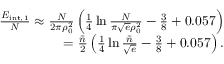
\begin{array} { r } { \frac { E _ { \mathrm { { i n t } , 1 } } } N \approx \frac { N } { 2 \pi \rho _ { 0 } ^ { 2 } } \left( \frac 1 4 \ln \frac N { \pi \sqrt { e } \rho _ { 0 } ^ { 2 } } - \frac 3 8 + 0 . 0 5 7 \right) } \\ { = \frac { \bar { n } } { 2 } \left( \frac 1 4 \ln \frac { \bar { n } } { \sqrt { e } } - \frac 3 8 + 0 . 0 5 7 \right) . } \end{array}